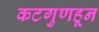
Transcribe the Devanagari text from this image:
कटगुणहून